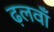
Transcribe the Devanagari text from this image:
ढ़लवाँ